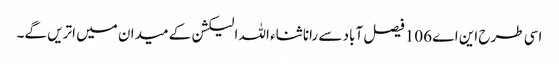
اسی طرح این اے 106 فیصل آباد سے رانا ثناء اللہ الیکشن کے میدان میں اتریں گے۔